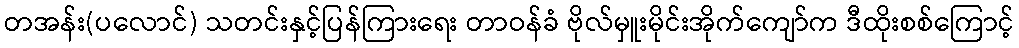
တအန်း(ပလောင်) သတင်းနှင့်ပြန်ကြားရေး တာဝန်ခံ ဗိုလ်မှူးမိုင်းအိုက်ကျော်က ဒီထိုးစစ်ကြောင့်